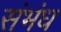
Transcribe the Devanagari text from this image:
संभंध